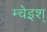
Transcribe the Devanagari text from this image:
म्चेइश्